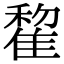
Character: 𨿯